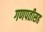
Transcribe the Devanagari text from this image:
गणपतीसह